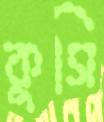
কুসি